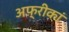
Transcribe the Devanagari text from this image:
अफ़्रीकां